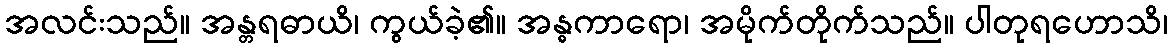
အလင်းသည်။ အန္တရဓာယိ၊ ကွယ်ခဲ့၏။ အန္ဓကာရော၊ အမိုက်တိုက်သည်။ ပါတုရဟောသိ၊